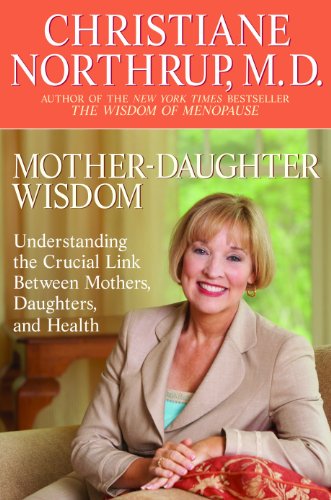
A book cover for Mother-Daughter Wisdom: Understanding the Crucial Link Between Mothers, Daughters, and Health; Christiane Northrup M.D.; Parenting & Relationships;